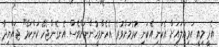
އެރީ މިއީ އަމިއްލައަށް އެކަނި އެކަނި ކުރުމަށްވުރެ އެހެންމީހުންނަށްވެސް އެނގެންޖެހޭ ކަންކަމޭ" ޖައްޔިދާ